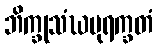
ဘိက္ခုသံဃပုရက္ခတံ